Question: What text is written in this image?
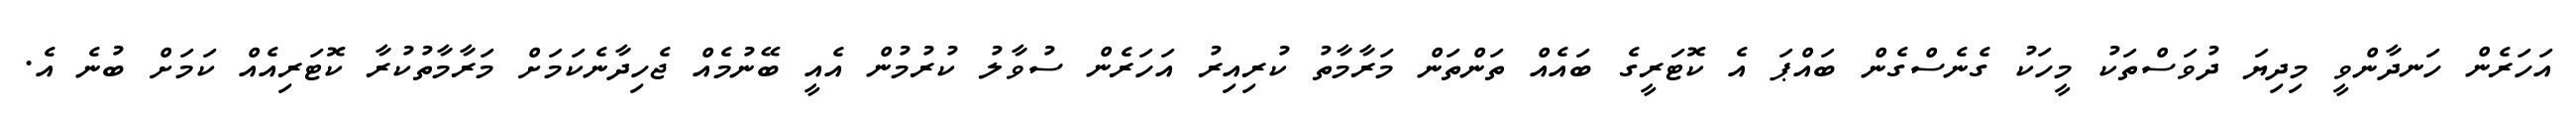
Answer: އަހަރެން ހަނދާންވީ މިދިޔަ ދުވަސްތަކު މީހަކު ގެނެސްގެން ބައްޕަ އެ ކޮޓަރީގެ ބައެއް ތަންތަން މަރާމާތު ކުރިއިރު އަހަރެން ސުވާލު ކުރުމުން އެއީ ބޭނުމެއް ޖެހިދާނެކަމަށް މަރާމާތުކުރާ ކޮޓަރިއެއް ކަމަށް ބުނެ އެ.